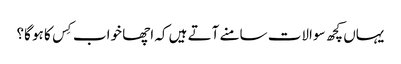
یہاں کچھ سوالات سامنے آتے ہیں کہ اچھا خواب کِس کا ہو گا؟